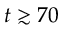
t \gtrsim 7 0